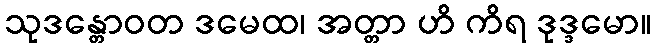
သုဒန္တောဝတ ဒမေထ၊ အတ္တာ ဟိ ကိရ ဒုဒ္ဒမော။